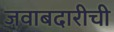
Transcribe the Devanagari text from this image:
जवाबदारीची